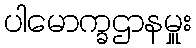
ပါမောက္ခဌာနမှူး